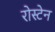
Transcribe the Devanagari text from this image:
रोस्टेन